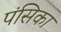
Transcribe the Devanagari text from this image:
पंसिका